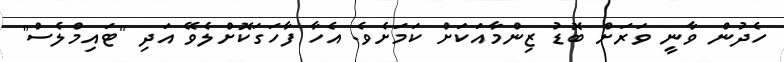
ހެދުން ވާނީ ވަރަށް ބޮޑު ޒިންމާއަކަށް ކަމަށެވެ. އެހާ ފާހަގަކޮށްލެވޭ އަދި "ޓައިމްލެސް"